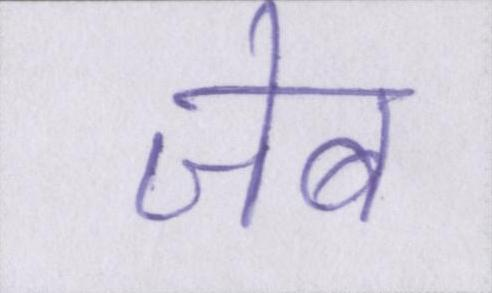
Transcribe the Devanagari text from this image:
जेब